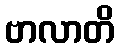
ဗာလာတိ